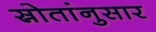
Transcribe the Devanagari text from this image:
स्रोतांनुसार